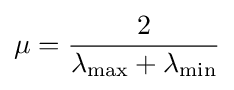
\mu ={\frac {2}{\lambda _{\mathrm {max} }+\lambda _{\mathrm {min} }}}